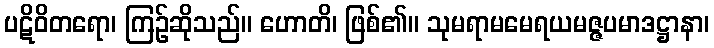
ပဋိဝိတရော၊ ကြဉ်ဆိုသည်။ ဟောတိ၊ ဖြစ်၏။ သုမရာမမေရယမဇ္ဇပမာဒဋ္ဌာနာ၊